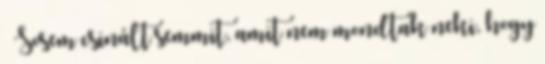
– Sosem csinált semmit, amit nem mondtak neki, hogy